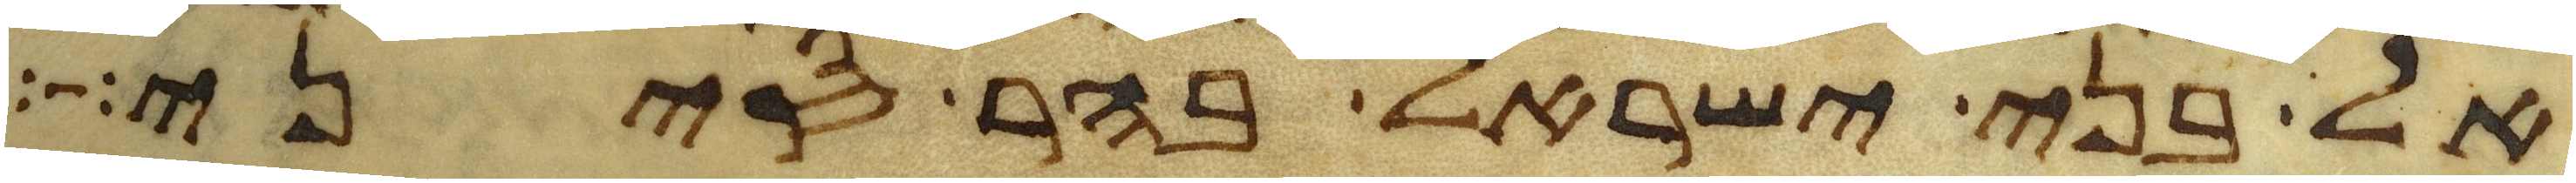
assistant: אל בני ישראל בהר סיני